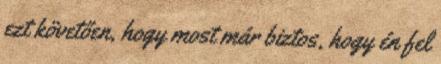
ezt követően, hogy most már biztos, hogy én fel